Report on sanitation, dispensaries, and jails in Rajputana for 1911, and on vaccination for the year 1911-1912 - 1911-1912
Year: 1911
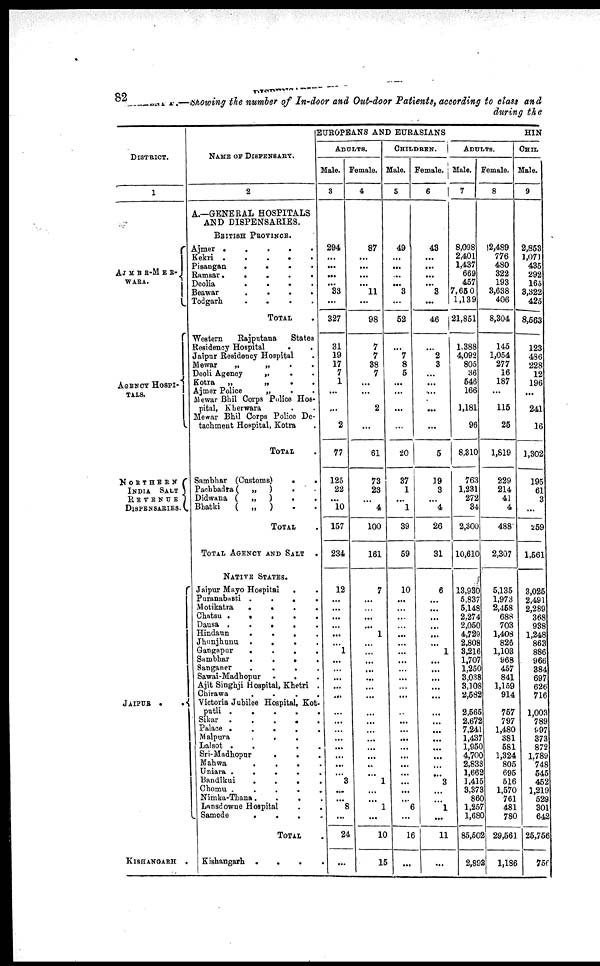
82 DISPENSARIES IN RAJPUTANA
STATEMENT F.—Showing the number of In-door and Out-door Patients, according to class
during the
DISTRICT.
1
AJMER-MER-
WARA.
AGENCY HOSPI-
TALS.
NORTHERN
INDIA SALT
REVENUE
DISPENSARIES.
JAIPUR
.
.
KISHANGARH .
NAME OF DISPENSARY.
2
A.—GENERAL HOSPITALS
AND DISPENSARIES.
BRITISH PROVINCE.
Ajmer
.
.
.
.
.
Kekri
.
.
.
.
.
Pisangan
.
.
.
.
.
Ramsar
.
.
.
.
.
Deolia
.
.
.
.
.
Beawar
.
.
.
.
.
Todgarh
.
.
.
.
.
TOTAL .
Western
Rajputana
States
Residency Hospital . .
Jaipur Residency Hospital .
Mewar
„
„ . .
Deoli Agency
„ . .
Kotra
„
„ . .
Ajmer Police
„ . .
Mewar Bhil Corps Police Hos-
pital, Kherwara .
Mewar Bhil Corps Police De-
tachment Hospital, Kotra .
TOTAL .
Sambhar (Customs)
.
.
Pachbadra(
„
) . .
Didwana (
„
) . .
Bhatki
( „
) . .
TOTAL .
TOTAL AGENCY AND SALT .
NATIVE STATES.
Jaipur Mayo Hospital . .
Puranabasti
.
.
.
.
Motikatra
.
.
.
.
.
Chatsu
.
.
.
.
.
.
Dausa
.
.
.
.
.
.
Hindaun
.
.
.
.
.
Jhunjhunu . . . . .
Gangapur
.
.
.
.
.
Sambhar
.
.
.
.
.
Sanganer . . . . .
Sawai-Madhopur . . .
Ajit Singhji Hospital, Khetri .
Chirawa . . . . .
Victoria Jubilee Hospital, Kot-
putli
.
.
.
.
.
Sikar
.
.
.
.
Palace
.
.
.
.
.
Malpura . . . . .
Lalsot
.
.
.
.
.
Sri-Madhopur . . . .
Mahwa
.
.
.
.
.
Uniara
.
.
.
.
.
Bandikui
.
.
.
.
Chomu
.
.
.
.
Nimka-Thana . . . .
Lansdowne Hospital . . .
Samode . . . . .
TOTAL .
Kishangarh
.
.
.
.
EUROPEANS AND EURASIANS
ADULTS.
Male.
3
294
...
...
...
...
33
...
327
31
19
17
7
1
...
...
2
77
125
22
...
10
157
234
12
...
...
...
...
...
...
1
...
...
...
...
...
...
...
...
...
...
...
...
...
3
...
...
8
...
24
...
Female.
4
87
...
...
...
...
11
...
98
7
7
38
7
...
...
2
...
61
73
23
...
4
100
161
7
...
...
...
...
1
...
...
...
...
...
...
...
...
...
...
...
...
...
...
...
1
...
...
1
...
10
15
CHILDREN.
Male.
5
49
...
...
...
...
3
...
52
...
7
8
5
...
...
...
...
20
37
1
...
1
39
59
10
...
...
...
...
...
...
...
...
...
...
...
...
...
...
...
...
...
...
...
...
...
...
... 6
...
16
...
Female.
6
43
...
...
...
...
3
...
46
...
2
3
...
...
...
...
...
5
19
3
...
4
26
31
6
...
...
...
...
...
...
1
...
...
...
...
...
...
...
...
...
...
...
...
...
3
...
...
1
...
11
...
ADULTS.
Male.
7
8,098
2,401
1,437
669
457
7,650
1,139
21,851
1,388
4,092
805
36
546
166
1,181
96
8,310
763
1,231
272
34
2,300
10,610
13,930
5,837
5,148
2,274
2,050
4,729
2,808
3,216
1,707
1,250
3,038
3,108
2,582
2,565
2,672
7,241
1,437
1,950
4,700
2,833
1,662
1,415
3,373
860
1,257
1,680
85,502
2,893
Female.
8
12,489
776
480
322
193
3,638
406
8,304
145
1,054
277
16
187
...
115
25
1,819
229
214
41
4
488
2,307
5,135
1,973
2,458
688
703
1,408
826
1,103
968
457
841
1,159
914
757
797
1,480
381
581
1,324
805
695
516
1,570
761
481
780
29,561
1,186
HIN
CHIL
Male.
9
2,853
1,071
435
292
165
3,322
425
8,563
123
486
228
12
196
...
241
16
1,302
195
61
3
...
259
1,561
3,025
2,491
2,289
368
938
1,248
863
886
966
384
697
626
716
1,003
789
997
373
872
1,789
748
545
452
1,219
529
301
642
25,756
756